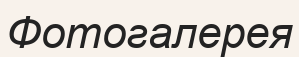
Фотогалерея